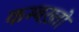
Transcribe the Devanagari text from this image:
कम्बख़्तो